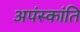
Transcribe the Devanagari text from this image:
अपंस्कांति